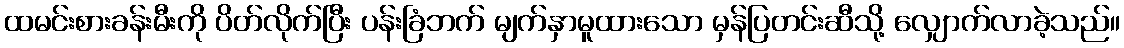
ထမင်းစားခန်းမီးကို ပိတ်လိုက်ပြီး ပန်းခြံဘက် မျက်နှာမူထားသော မှန်ပြတင်းဆီသို့ လျှောက်လာခဲ့သည်။